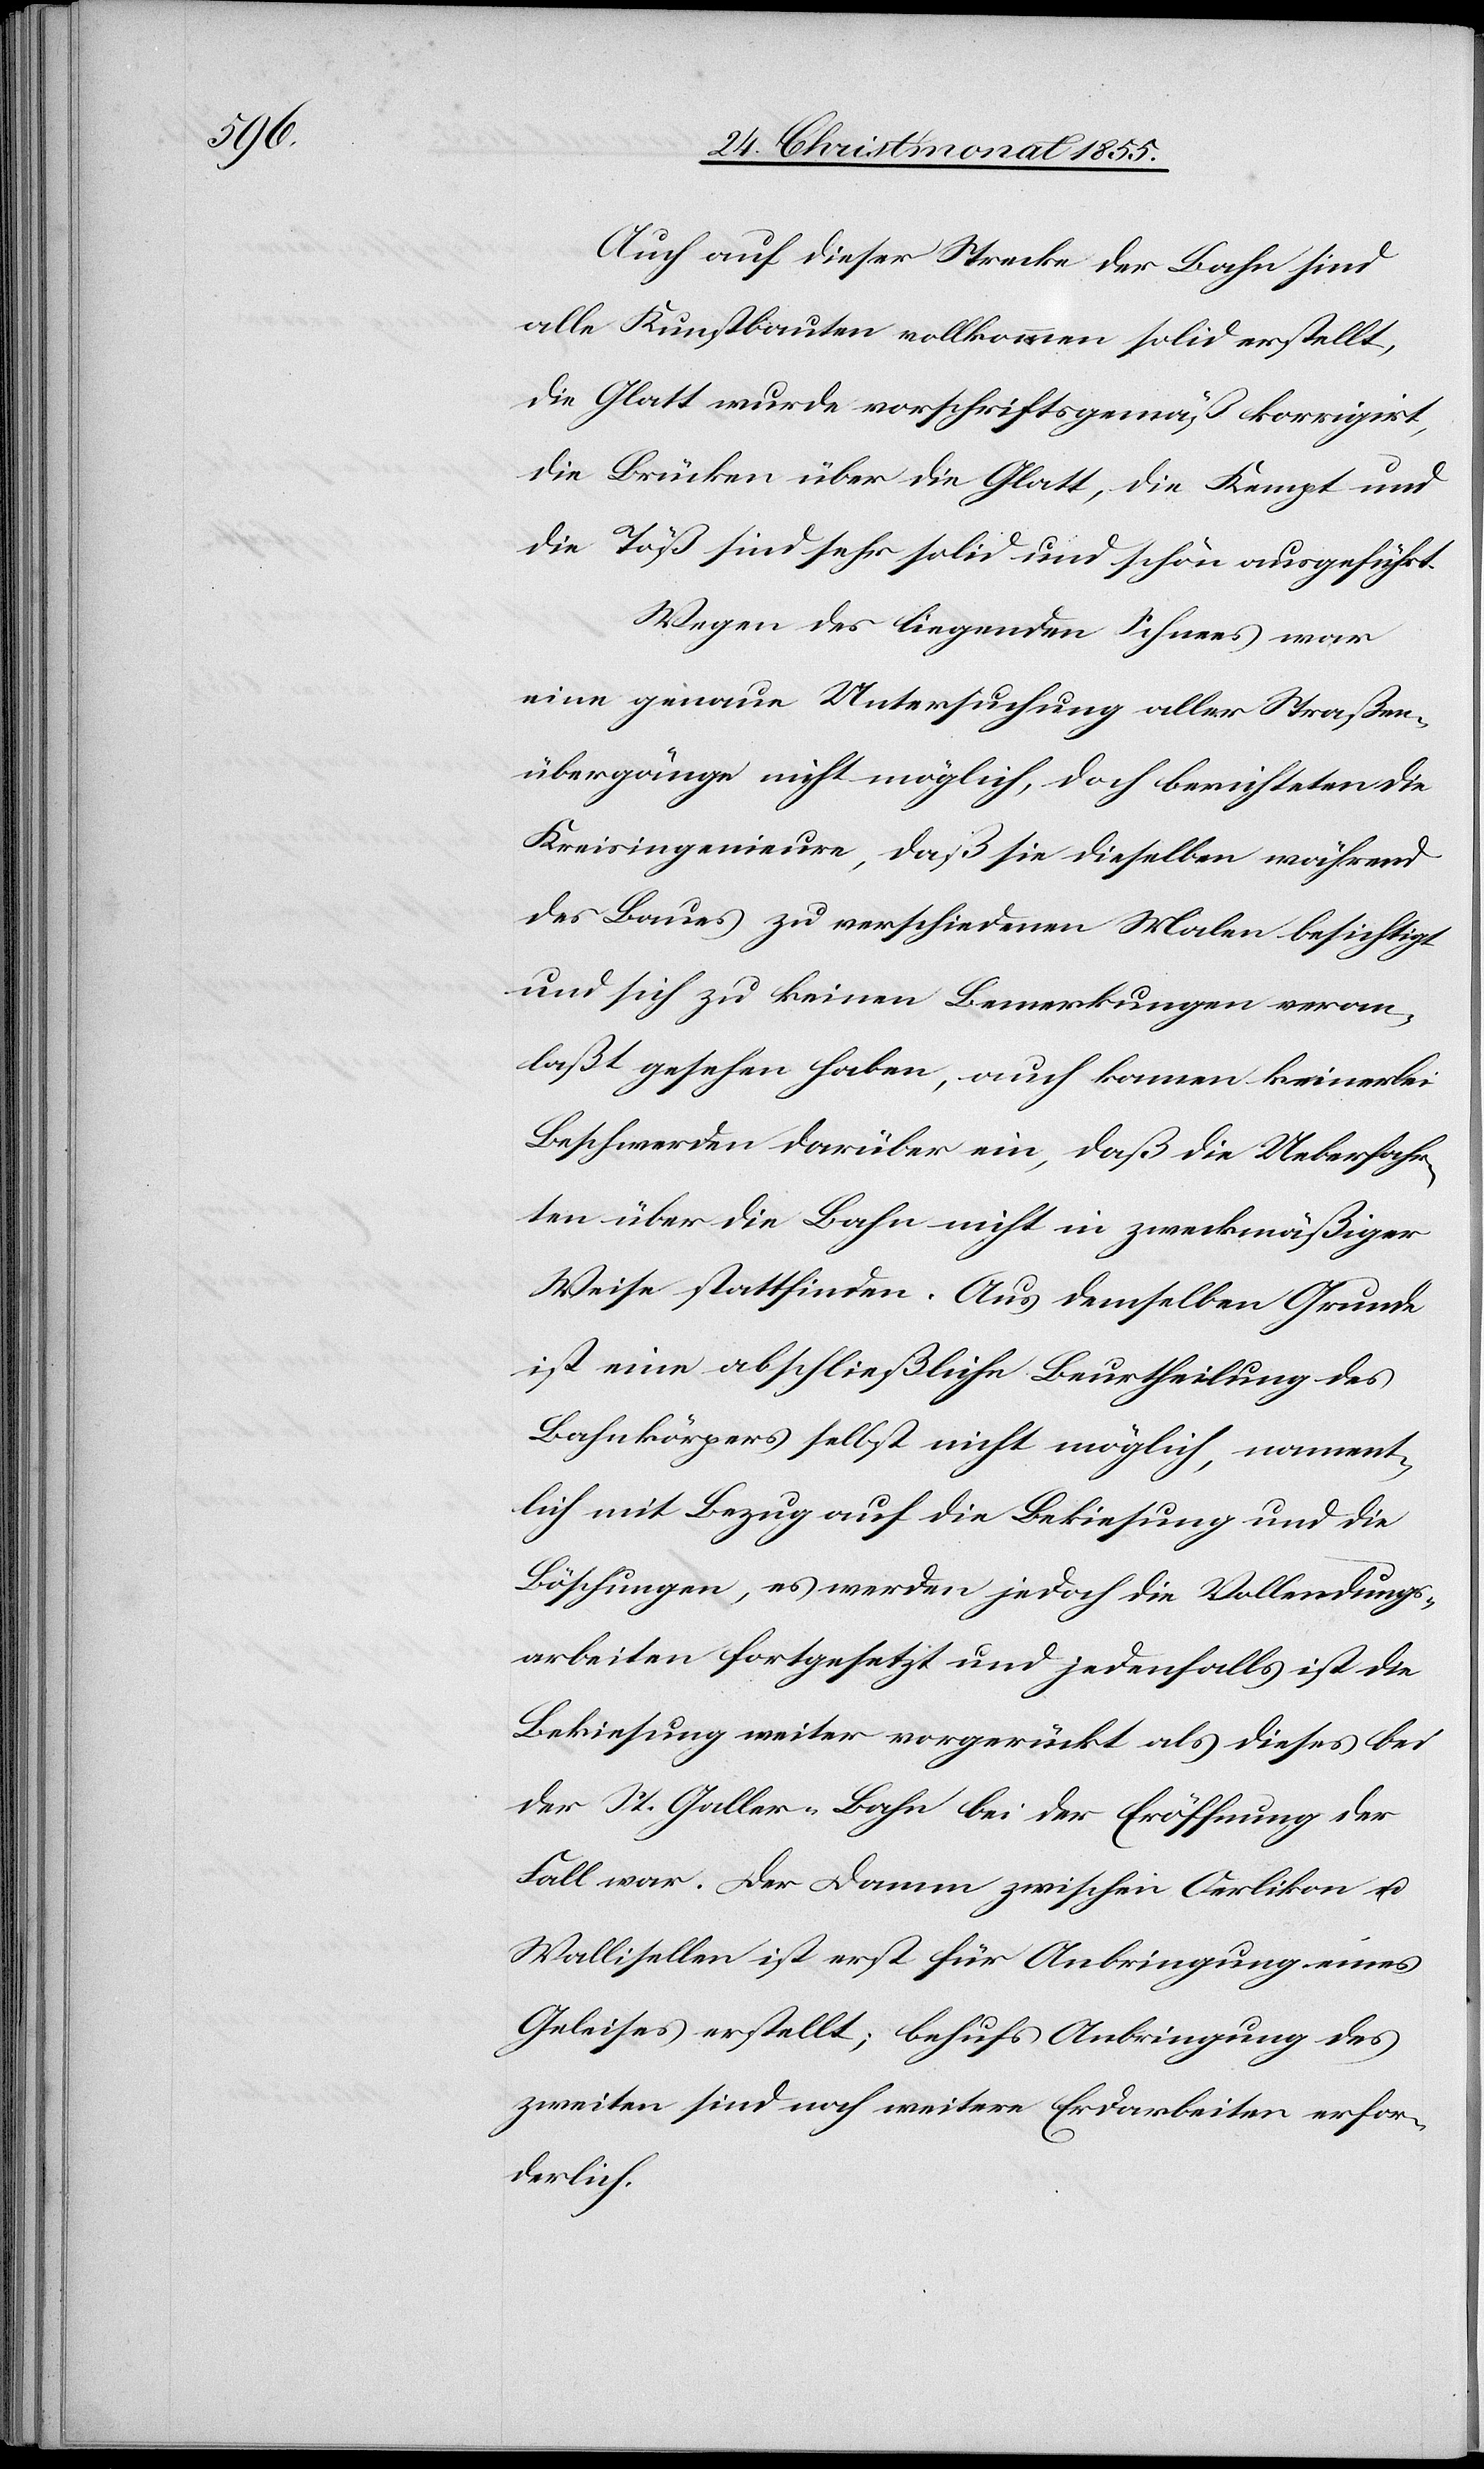
Auch auf dieser Strecke der Bahn sind
alle Kunstbauten vollkommen solid erstellt,
die Glatt wurde vorschriftsgemäß korrigirt,
die Brücken über die Glatt, die Kempt und
die Töß sind sehr solid und schön ausgeführt.
Wegen des liegenden Schnees war
eine genaue Untersuchung aller Straßen¬
übergänge nicht möglich, doch berichteten die
Kreisingenieure, daß sie dieselben während
des Baues zu verschiedenen Malen besichtigt
und sich zu keinen Bemerkungen veran¬
laßt gesehen haben, auch kamen keinerlei
Beschwerden darüber ein, daß die Ueberfahr¬
ten über die Bahn nicht in zweckmäßiger
Weise stattfinden. Aus demselben Grunde
ist eine abschließliche Beurtheilung des
Bahnkörpers selbst nicht möglich, nament¬
lich mit Bezug auf die Bekiesung und die
Böschungen, es werden jedoch die Vollendungs¬
arbeiten fortgesetzt und jedenfalls ist die
Bekiesung weiter vorgerückt als dieses bei
der St. Galler-Bahn bei der Eröffnung der
Fall war. Der Damm zwischen Oerlikon u.
Wallisellen ist erst für Anbringung eines
Geleises erstellt; behufs Anbringung des
zweiten sind noch weitere Erdarbeiten erfor¬
derlich.